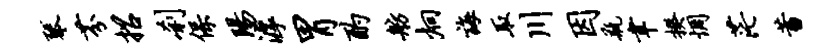
琴芬招刹保阳滹胃酌舫炯诲取川因瓶聿揆惆茫蓄